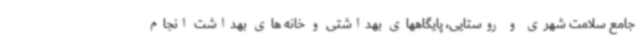
جامع سلامت شهری و روستایی، پایگاههای بهداشتی و خانه های بهداشت انجام